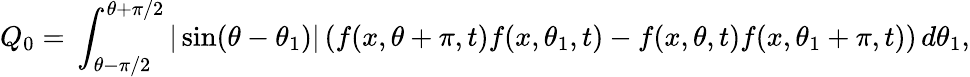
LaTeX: Q_{0}{}={}\int_{\theta-\pi/2}^{\theta+\pi/2}|\sin(\theta-\theta_{1})|\left(f(x,\theta+\pi,t)f(x,\theta_{1},t)-f(x,\theta,t)f(x,\theta_{1}+\pi,t)\right)\, d\theta_{1},